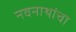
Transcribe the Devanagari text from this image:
नवनाथांचा